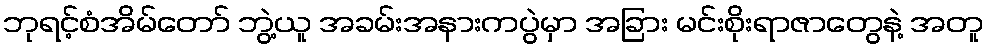
ဘုရင့်စံအိမ်တော် ဘွဲ့ယူ အခမ်းအနားကပွဲမှာ အခြား မင်းစိုးရာဇာတွေနဲ့ အတူ